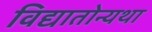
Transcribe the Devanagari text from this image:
विद्यातोन्यथा